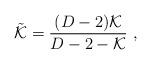
LaTeX: \begin{align*}\tilde{{\cal K}} = \frac{(D-2){\cal K}}{D-2-{\cal K}} \ ,\end{align*}